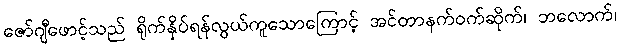
ဇော်ဂျီဖောင့်သည် ရိုက်နှိပ်ရန်လွယ်ကူသောကြောင့် အင်တာနက်ဝက်ဆိုက်၊ ဘလောက်၊